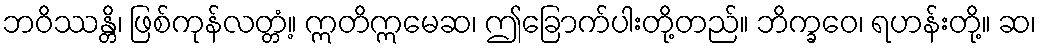
ဘဝိဿန္တိ၊ ဖြစ်ကုန်လတ္တံ့။ ဣတိဣမေဆ၊ ဤခြောက်ပါးတို့တည်။ ဘိက္ခဝေ၊ ရဟန်းတို့။ ဆ၊